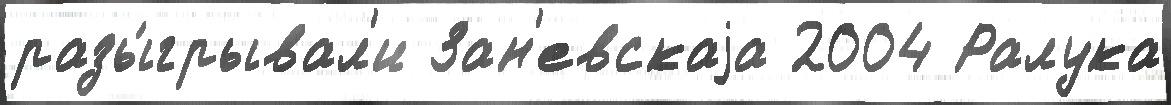
разы́грывал'и Зан'евскаjа 2004 Ралука